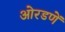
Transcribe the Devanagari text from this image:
ओरडणें